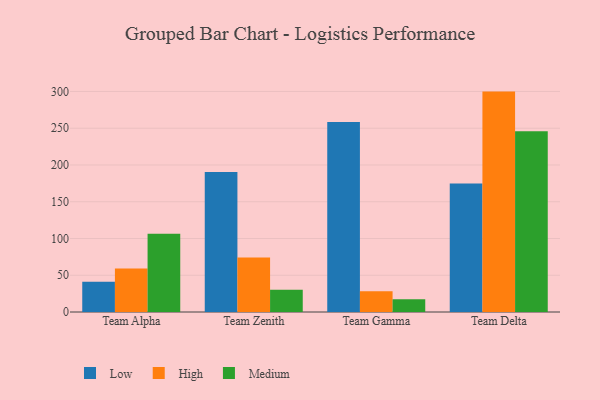
{"axis": {"x": "Team", "y": "Humidity (%)"}, "legend": ["High", "Low", "Medium"], "data": [{"x": "Team Alpha", "y": 41.0, "type": "Low"}, {"x": "Team Alpha", "y": 59.1, "type": "High"}, {"x": "Team Alpha", "y": 106.4, "type": "Medium"}, {"x": "Team Zenith", "y": 190.4, "type": "Low"}, {"x": "Team Zenith", "y": 74.1, "type": "High"}, {"x": "Team Zenith", "y": 30.2, "type": "Medium"}, {"x": "Team Gamma", "y": 258.5, "type": "Low"}, {"x": "Team Gamma", "y": 28.2, "type": "High"}, {"x": "Team Gamma", "y": 17.5, "type": "Medium"}, {"x": "Team Delta", "y": 174.7, "type": "Low"}, {"x": "Team Delta", "y": 299.8, "type": "High"}, {"x": "Team Delta", "y": 245.9, "type": "Medium"}]}